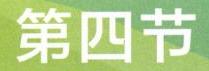
第四节